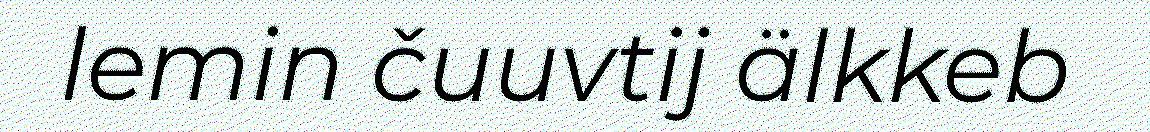
lemin čuuvtij älkkeb